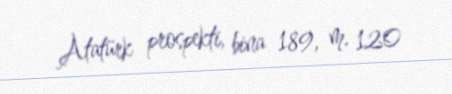
Atatürk prospekti, bina 189, m. 120